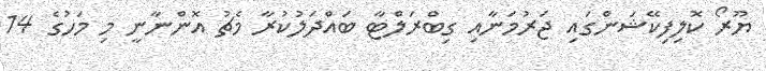
ޔޫރޯ ކޮލިފިކޭޝަންގައި ޖަރުމަނާއި ގިބްރަލްޓާ ބައްދަލުކުރާ މެޗު އޮންނާނީ މި މަހުގެ 14